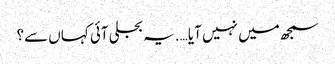
سمجھ میں نہیں آیا ….یہ بجلی آئی کہاں سے؟